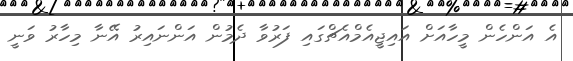
އެ އަންހެން މީހާއަށް އައިޖީއެމްއެޗްގައި ފަރުވާ ދެމުން އަންނައިރު އޭނާ މިހާރު ވަނީ